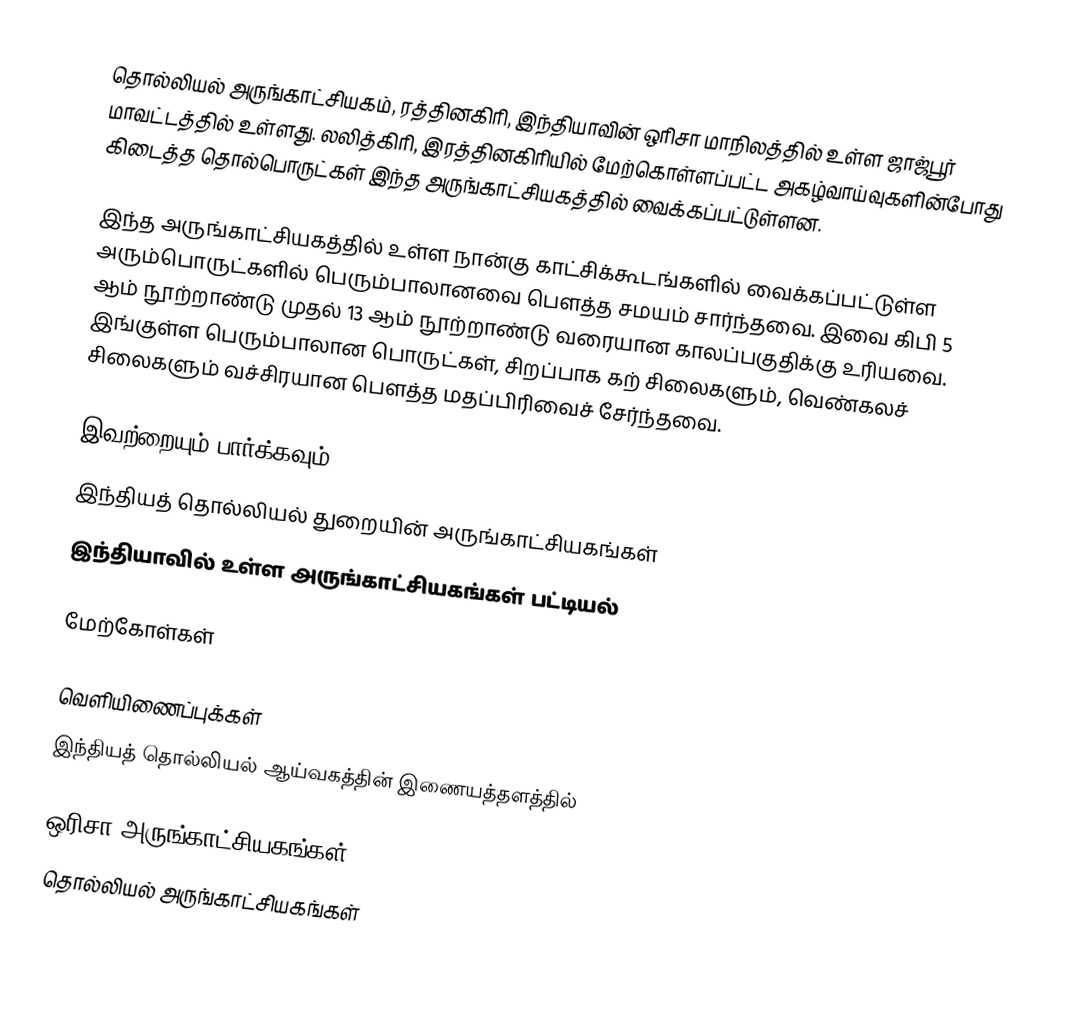
தொல்லியல் அருங்காட்சியகம், ரத்தினகிரி, இந்தியாவின் ஒரிசா மாநிலத்தில் உள்ள ஜாஜ்பூர் மாவட்டத்தில் உள்ளது. லலித்கிரி, இரத்தினகிரியில் மேற்கொள்ளப்பட்ட அகழ்வாய்வுகளின்போது கிடைத்த தொல்பொருட்கள் இந்த அருங்காட்சியகத்தில் வைக்கப்பட்டுள்ளன.

இந்த அருங்காட்சியகத்தில் உள்ள நான்கு காட்சிக்கூடங்களில் வைக்கப்பட்டுள்ள அரும்பொருட்களில் பெரும்பாலானவை  பௌத்த சமயம் சார்ந்தவை. இவை கிபி 5 ஆம் நூற்றாண்டு முதல் 13 ஆம் நூற்றாண்டு வரையான காலப்பகுதிக்கு உரியவை. இங்குள்ள பெரும்பாலான பொருட்கள், சிறப்பாக கற் சிலைகளும், வெண்கலச் சிலைகளும் வச்சிரயான பௌத்த மதப்பிரிவைச் சேர்ந்தவை.

இவற்றையும் பார்க்கவும்
 இந்தியத் தொல்லியல் துறையின் அருங்காட்சியகங்கள்
 இந்தியாவில் உள்ள அருங்காட்சியகங்கள் பட்டியல்

மேற்கோள்கள்

வெளியிணைப்புக்கள்
 இந்தியத் தொல்லியல் ஆய்வகத்தின் இணையத்தளத்தில்

ஒரிசா அருங்காட்சியகங்கள்
தொல்லியல் அருங்காட்சியகங்கள்